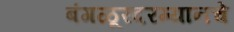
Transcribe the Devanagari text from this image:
बंगळूरदरम्यानचे